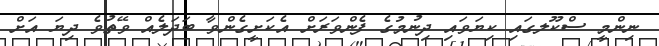
ނިންމީ ސްކޫލގައި ކިޔަވައި ދިނުމުގެ ފެންވަރަށް އެކަށީގެންވާ ބަދަލެއް ވޭތުވެ ދިޔަ އަށް